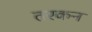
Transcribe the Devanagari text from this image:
तरकन